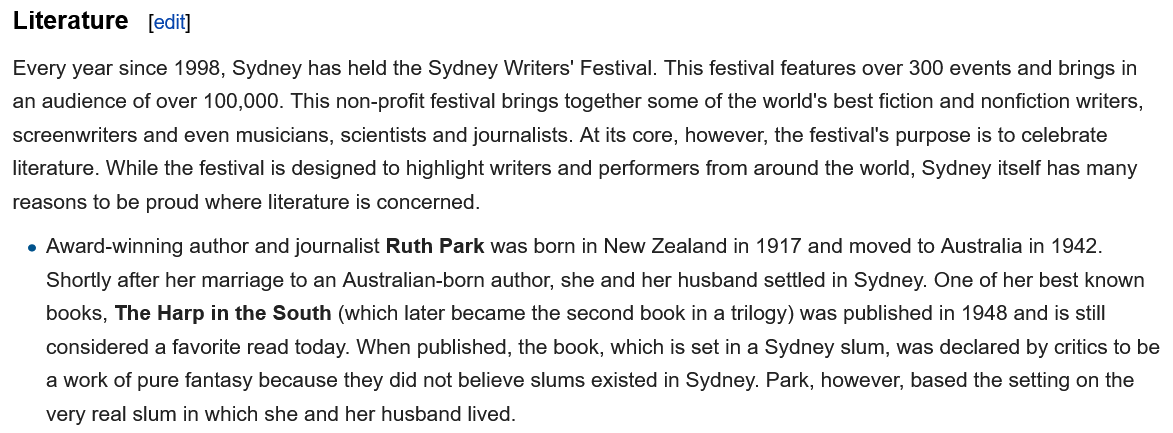
Every year since 1998, Sydney has held the Sydney Writers' Festival. This festival features over 300 events and brings in
  an audience of over 100,000. This non-profit festival brings together some of the world's best fiction and nonfiction writers,
  screenwriters and even musicians, scientists and journalists. At its core, however, the festival's purpose is to celebrate
  literature. While the festival is designed to highlight writers and performers from around the world, Sydney itself has many
  reasons to be proud where literature is concerned.
   e Award-winning author and journalist Ruth Park was born in New Zealand in 1917 and moved to Australia in 1942.
     Shortly after her marriage to an Australian-born author, she and her husband settled in Sydney. One of her best known
     books, The Harp in the South (which later became the second book in a trilogy) was published in 1948 and is still
     considered a favorite read today. When published, the book, which is set in a Sydney slum, was declared by critics to be
     a work of pure fantasy because they did not believe slums existed in Sydney. Park, however, based the setting on the
     very real slum in which she and her husband lived.
     [edit] Literature